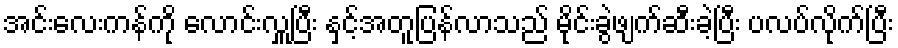
အင်းလေးကန်ကို လောင်းလှူပြီး နှင့်အတူပြန်လာသည် မိုင်းခွဲဖျက်ဆီးခဲ့ပြီး ပလပ်လိုက်ပြီး